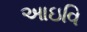
આઇવિ